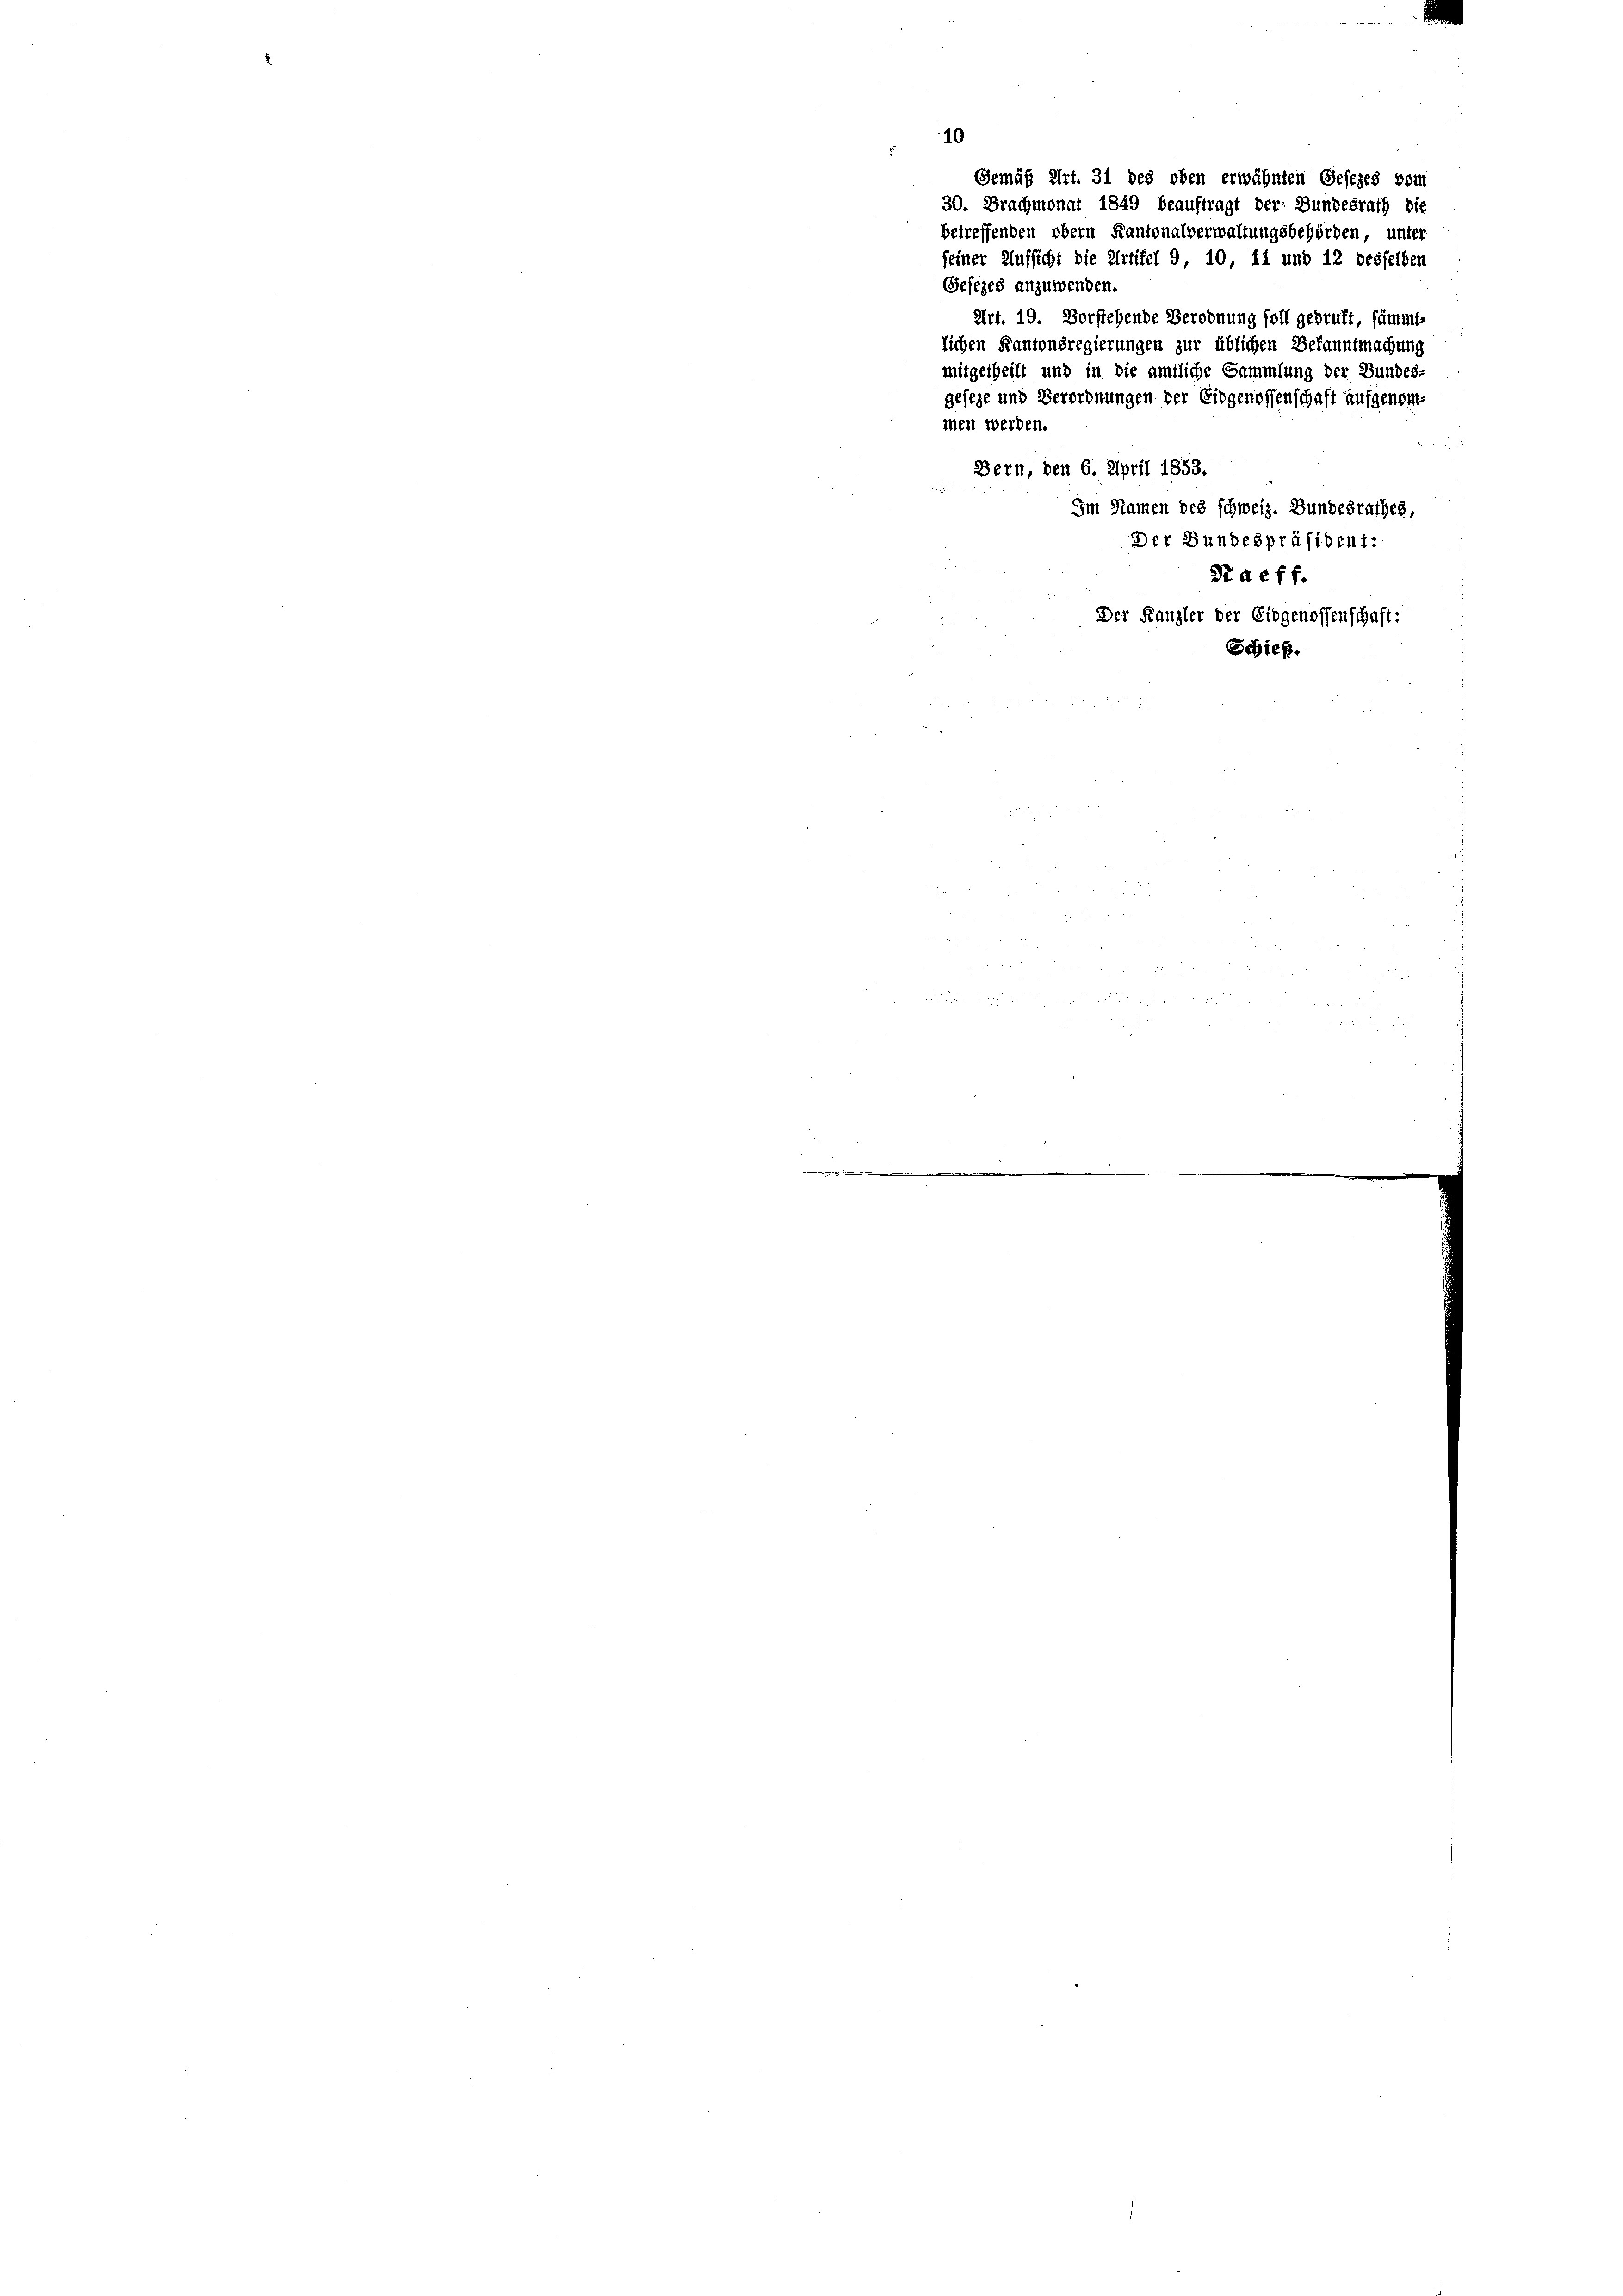
40

30. Brachmonat 1849 beauftragt der Bundesrath die
betreffenden obern Kantonalverwaltungsbehörden, unter
seiner Aufsicht die Urtifel 9, 10, 11 und 12 desselben

Gemäß Art. 31 des oben erwähnten Gesezes vom

Gesezes anzuwenden.
Art. 19. Vorstehende Berodnung soll gedruft, sämmt-
lichen Kantonsregierungen zur üblichen Bekanntmachung
mitgetheilt und in die amtliche Sammlung der Bundes-
geseze und Verordnungen der Eidgenossenschaft aufgenommen werden.
Bern, den 6. April 1853.
Im Namen des schweiz. Bundesrathes,
Der Bundespräsident:
St a eff.
Der Kanzler der Eidgenossenschaft:
Schick.

d
 322 x
.
r und